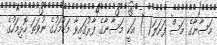
މަސާނާގެ މަސް ފަށަލަ( ) އަކީ މަސާނާގެ ފާރުގައިވާ މަޑުމަހުގެ ނުވަތަ ހޮޅިމަހުގެ